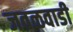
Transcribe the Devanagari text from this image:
जवळवाडी